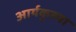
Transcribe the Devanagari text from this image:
आर्यकुल्या